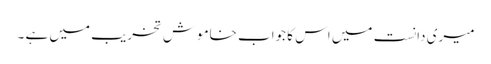
میری دانست میں اس کا جواب خاموش تخریب میں ہے ۔